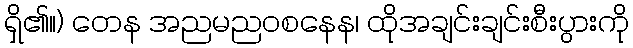
ရှိ၏။) တေန အညမညဝစနေန၊ ထိုအချင်းချင်းစီးပွားကို